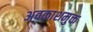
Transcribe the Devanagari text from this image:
अवकाशमुक्त